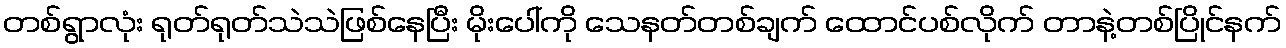
တစ်ရွာလုံး ရုတ်ရုတ်သဲသဲဖြစ်နေပြီး မိုးပေါ်ကို သေနတ်တစ်ချက် ထောင်ပစ်လိုက် တာနဲ့တစ်ပြိုင်နက်